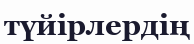
түйірлердің